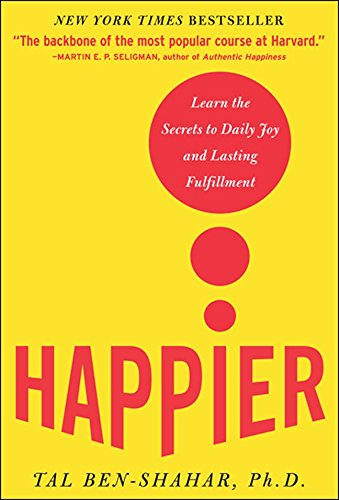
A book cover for Happier: Learn the Secrets to Daily Joy and Lasting Fulfillment; Tal Ben-Shahar; Self-Help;